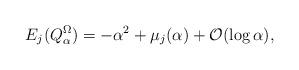
LaTeX: \begin{align*}E_{j}(Q^\Omega_\alpha)=-\alpha^2+\mu_j(\alpha)+{\mathcal O}(\log \alpha),\end{align*}